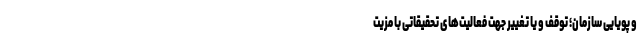
و پویایی سازمان؛ توقف و یا تغییر جهت فعالیت‌های تحقیقاتی با مزیت